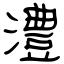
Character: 澧